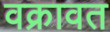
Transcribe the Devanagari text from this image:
वक्रावत